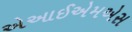
એઆઈએમએસ